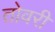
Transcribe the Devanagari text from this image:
तोवरी